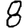
Digit: 8